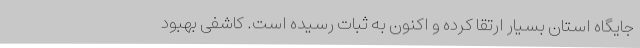
جایگاه استان بسیار ارتقا کرده و اکنون به ثبات رسیده است. کاشفی بهبود